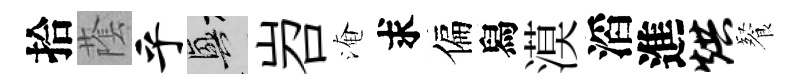
拾䕃乎興岧淹求偏舄漠滔進烘餐